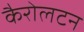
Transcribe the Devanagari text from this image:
कैरोलटन